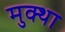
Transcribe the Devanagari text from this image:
मुक्था